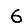
Digit: 6